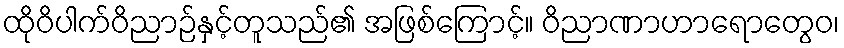
ထိုဝိပါက်ဝိညာဉ်နှင့်တူသည်၏ အဖြစ်ကြောင့်။ ဝိညာဏာဟာရောတွေဝ၊